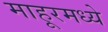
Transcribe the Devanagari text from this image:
माहूरमध्ये